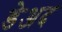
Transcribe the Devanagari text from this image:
डेअद